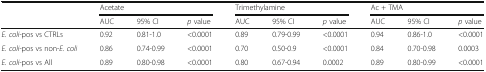
|  | <COLSPAN=3> Acetate | <COLSPAN=3> Trimethylamine | <COLSPAN=3> Ac + TMA |
 |  | AUC | 95% CI | p value | AUC | 95% CI | p value | AUC | 95% CI | p value |
 | --- | --- | --- | --- | --- | --- | --- | --- | --- | --- |
 | E. coli-pos vs CTRLs | 0.92 | 0.81-1.0 | <0.0001 | 0.89 | 0.79-0.99 | <0.0001 | 0.94 | 0.86-1.0 | <0.0001 |
 | E. coli-pos vs non-E. coli | 0.86 | 0.74-0.99 | <0.0001 | 0.70 | 0.50-0.9 | <0.0001 | 0.84 | 0.70-0.98 | 0.0003 |
 | E. coli-pos vs All | 0.89 | 0.80-0.98 | <0.0001 | 0.80 | 0.67-0.94 | 0.0002 | 0.89 | 0.80-0.99 | <0.0001 |